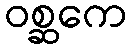
ဝစ္ဆကေ